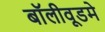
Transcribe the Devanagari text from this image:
बॉलीवूडमे